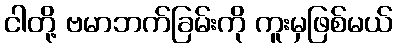
ငါတို့ ဗမာဘက်ခြမ်းကို ကူးမှဖြစ်မယ်